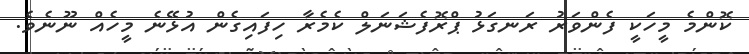
ކޮންމެ މީހަކީ ފެންވަރު ރަނގަޅު ޕްރޮފެޝަނަލް ކެމެރާ ހިފައިގެން އުޅޭނެ މީހެއް ނޫނެވެ.